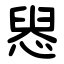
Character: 惥